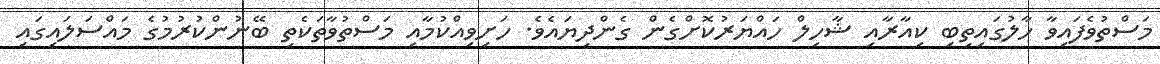
މަސްތުވެފައިވާ ހާލުގައިތިބި ކިއާރާއި ޝާހިލް ހައްޔަރުކޮށްގެން ގެންދިޔައެވެ. ހަށިވިއްކުމާއި މަސްތުވާތަކެތި ބޭނުންކުރުމުގެ މައްސަލައިގައި